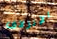
الإنزلاق